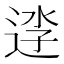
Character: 𨓎